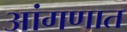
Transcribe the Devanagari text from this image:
आंगणात